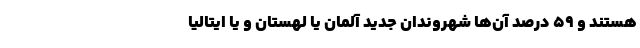
هستند و ۵۹ درصد آن‌ها شهروندان جدید آلمان یا لهستان و یا ایتالیا